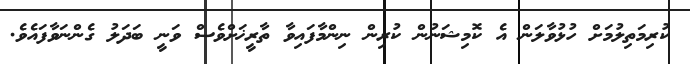
ކުރިމަތިލުމަށް ހުޅުވާލަން އެ ކޮމިޝަނުން ކުރިން ނިންމާފައިވާ ތާރީޚަށްވެސް ވަނީ ބަދަލު ގެންނަވާފައެވެ.